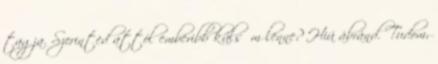
tagja. Szerinted attól emberibb külsőm lenne? Hiú ábránd. Tudom,